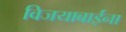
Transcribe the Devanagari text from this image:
विजयाबाईंना